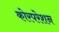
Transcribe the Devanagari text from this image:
कोरपरेशन